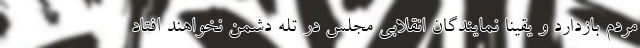
مردم بازدارد و یقینا نمایندگان انقلابی مجلس در تله دشمن نخواهند افتاد